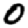
Digit: 0